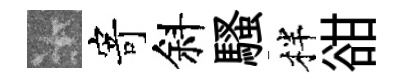
卡寄斜騷柈𧮳